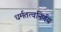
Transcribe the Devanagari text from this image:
धर्मतत्वनिर्णय